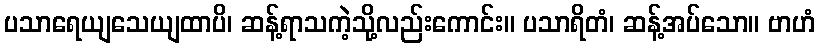
ပသာရေယျသေယျထာပိ၊ ဆန့်ရာသကဲ့သို့လည်းကောင်း။ ပသာရိတံ၊ ဆန့်အပ်သော။ ဗာဟံ